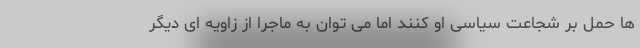
ها حمل بر شجاعت سیاسی او کنند اما می توان به ماجرا از زاویه ای دیگر